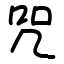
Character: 咒